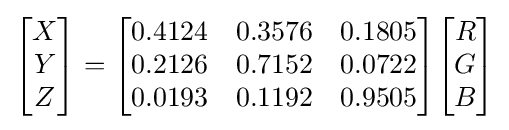
{\begin{bmatrix}X\\Y\\Z\end{bmatrix}}={\begin{bmatrix}0.4124&0.3576&0.1805\\0.2126&0.7152&0.0722\\0.0193&0.1192&0.9505\end{bmatrix}}{\begin{bmatrix}R\\G\\B\end{bmatrix}}